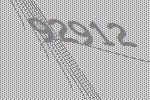
92912